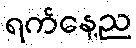
ရက်နေ့ည